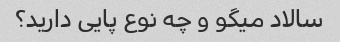
سالاد میگو و چه نوع پایی دارید؟